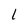
Character: 1